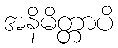
အနိမိတ္တာပိ